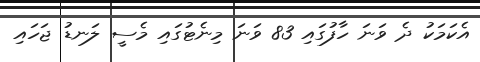
އެކަމަކު ދެ ވަނަ ހާފުގައި 83 ވަނަ މިނެޓުގައި މެސީ ލަނޑު ޖަހައި